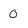
Character: 0